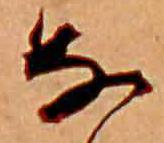
な